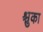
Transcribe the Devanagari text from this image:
श्चुका